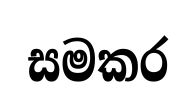
සමකර